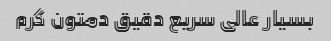
بسیار عالی سریع دقیق دمتون گرم